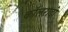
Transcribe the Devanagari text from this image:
कॉलरादो